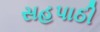
સહપાઠી